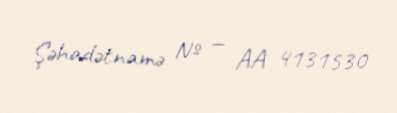
Şəhadətnamə № — AA 4131530